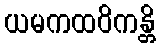
ယမကထဝိကန္တိ